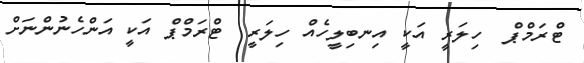
ޓްރަމްޕް  ހިލަރީ އަކީ އިނބިލީހެއް ހިލަރީ  ޓްރަމްޕް އަކީ އަންހެނުންނަށް